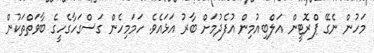
މަހުން ނެގޭ ޕްރޮޓީން އަލްބިއުމިން އުފެދުމަށް ބާރު އަޅައެވެ. ހަމަމިހެން ގަސްގަހާގެހީގެ ބާވަތްތަކުން